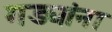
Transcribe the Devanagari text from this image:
गड्यांना